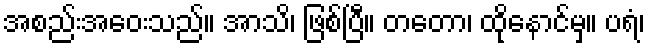
အစည်းအဝေးသည်။ အာသိ၊ ဖြစ်ပြီ။ တတော၊ ထိုနောင်မှ။ ပရံ၊